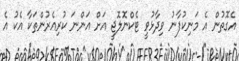
އެގޮތުން އެ މަނިކުފާނު ވިދާޅުވީ ޓެކްނޮލޮޖީ އަށް އަންނަ ކުރިއެރުންތަކާ އެކު އެ